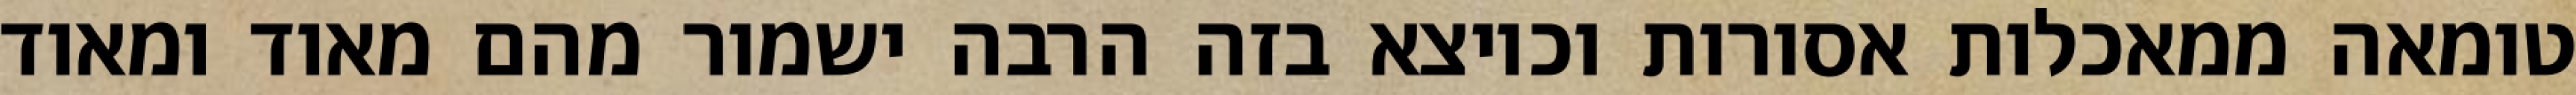
טומאה ממאכלות אסורות וכיוצא בזה הרבה ישמור מהם מאוד ומאוד